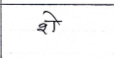
मजकूर: शे